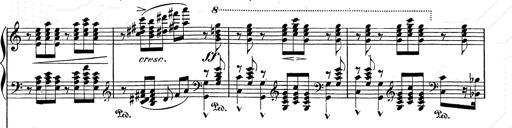
Title: Festvorspiel
Composer: Franz Liszt